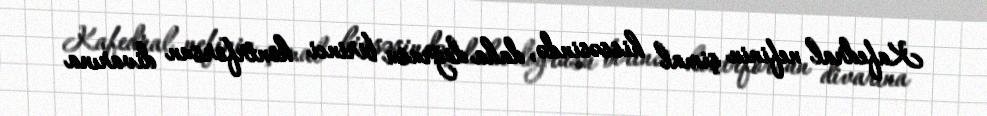
Kafedral nefinin şimal hissəsində, daha doğrusu birinci kontrforsun divarına